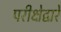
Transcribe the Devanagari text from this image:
परीक्षेद्वारे